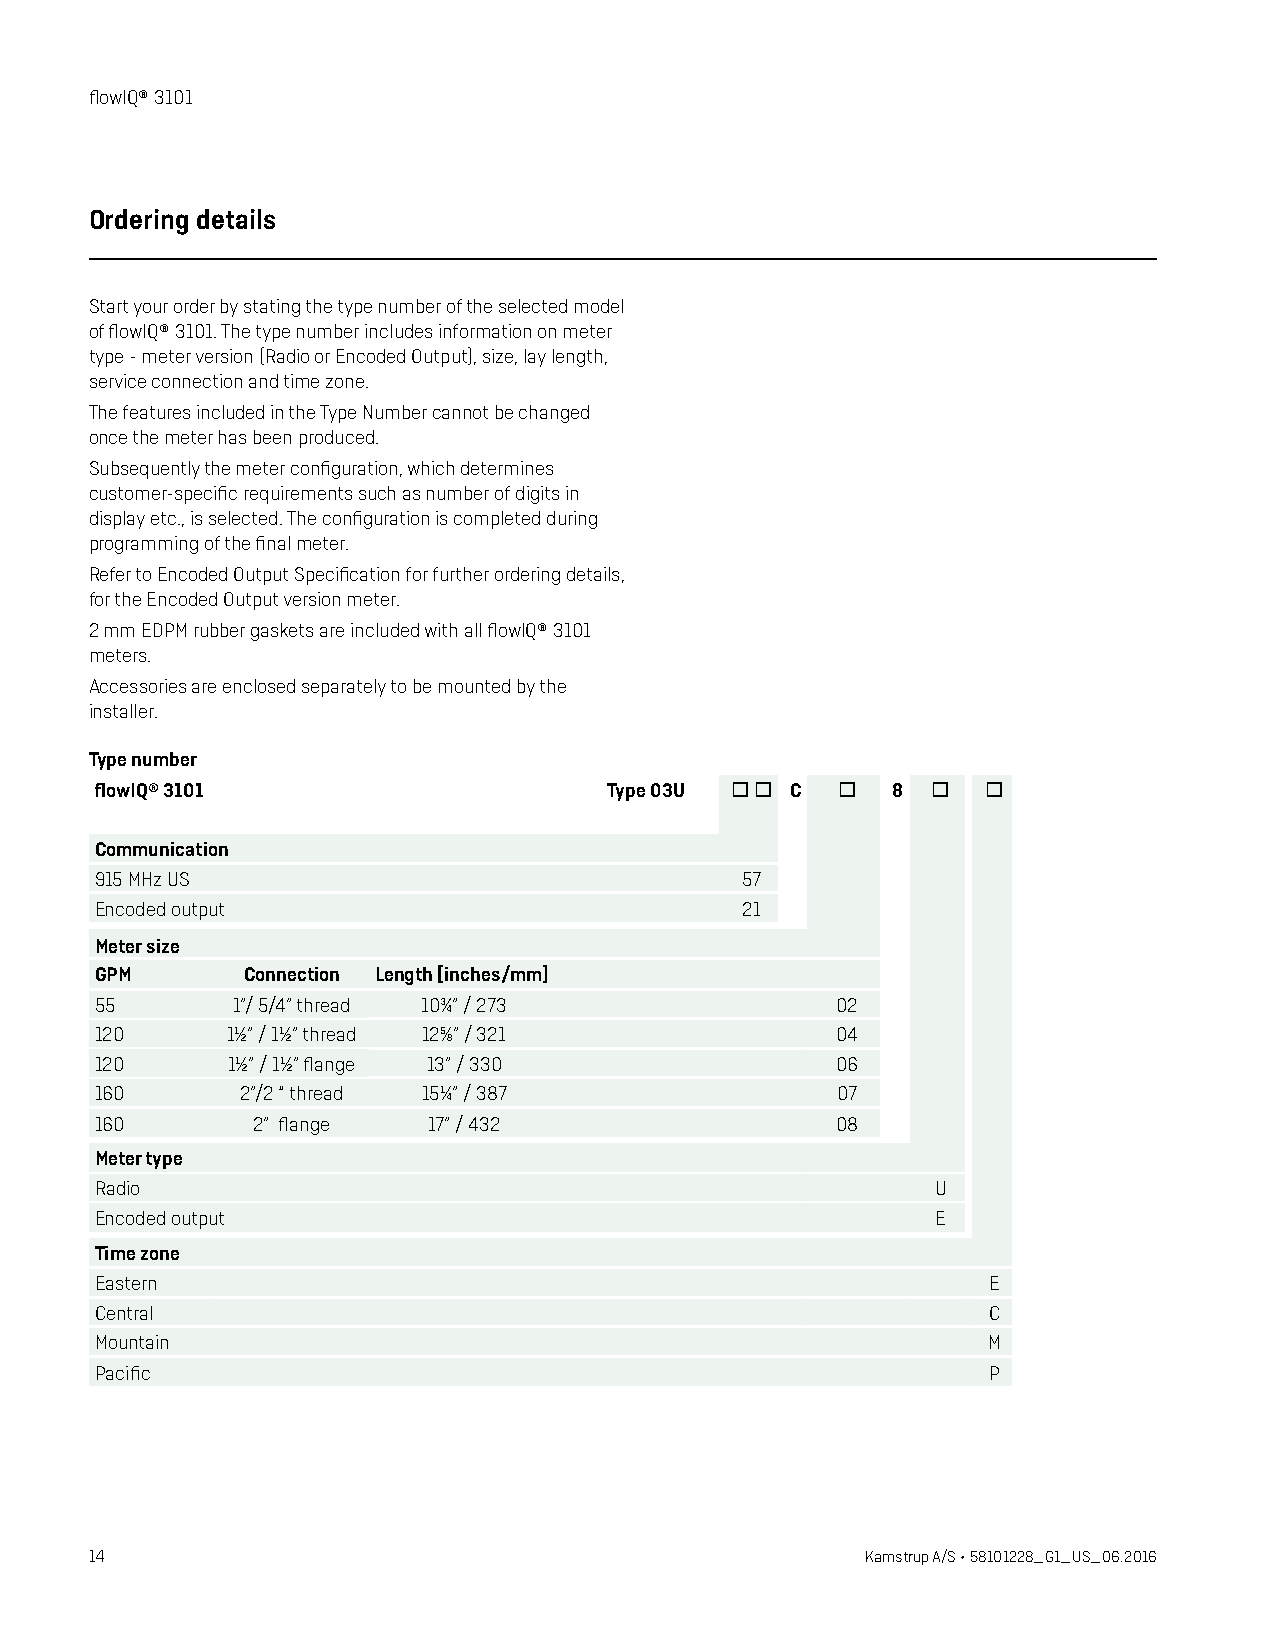
flowIQ® 3101
 Ordering details
 Start your order by stating the type number of the selected model
 of flowIQ® 3101. The type number includes information on meter
 type - meter version (Radio or Encoded Output), size, lay length,
 service connection and time zone.
 The features included in the Type Number cannot be changed
 once the meter has been produced.
 Subsequently the meter configuration, which determines
 customer-specific requirements such as number of digits in
 display etc., is selected. The configuration is completed during
 programming of the final meter.
 Refer to Encoded Output Specification for further ordering details,
 for the Encoded Output version meter.
 2 mm EDPM rubber gaskets are included with all flowIQ® 3101
 meters.
 Accessories are enclosed separately to be mounted by the
 installer.
 Type number
 flowIQ® 3101                      Type 03U   C    8    
 Communication
 915 MHz US                                 57
 Encoded output                             21
 Meter size
 GPM       Connection Length [inches/mm]
 55       1”/ 5/4” thread 10¾” / 273              02
 120      1½” / 1½” thread 12⅝” / 321             04
 120      1½” / 1½” flange 13” / 330              06
 160       2”/2 “ thread 15¼” / 387               07
 160        2” flange  17” / 432                  08
 Meter type
 Radio                                                   U
 Encoded output                                          E
 Time zone
 Eastern                                                     E
 Central                                                    C
 Mountain                                                   M
 Pacific                                                     P
 14                                                 Kamstrup A/S • 58101228_G1_US_06.2016